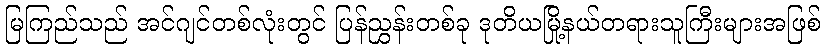
မြကြည်သည် အင်ဂျင်တစ်လုံးတွင် ပြန်ညွှန်းတစ်ခု ဒုတိယမြို့နယ်တရားသူကြီးများအဖြစ်